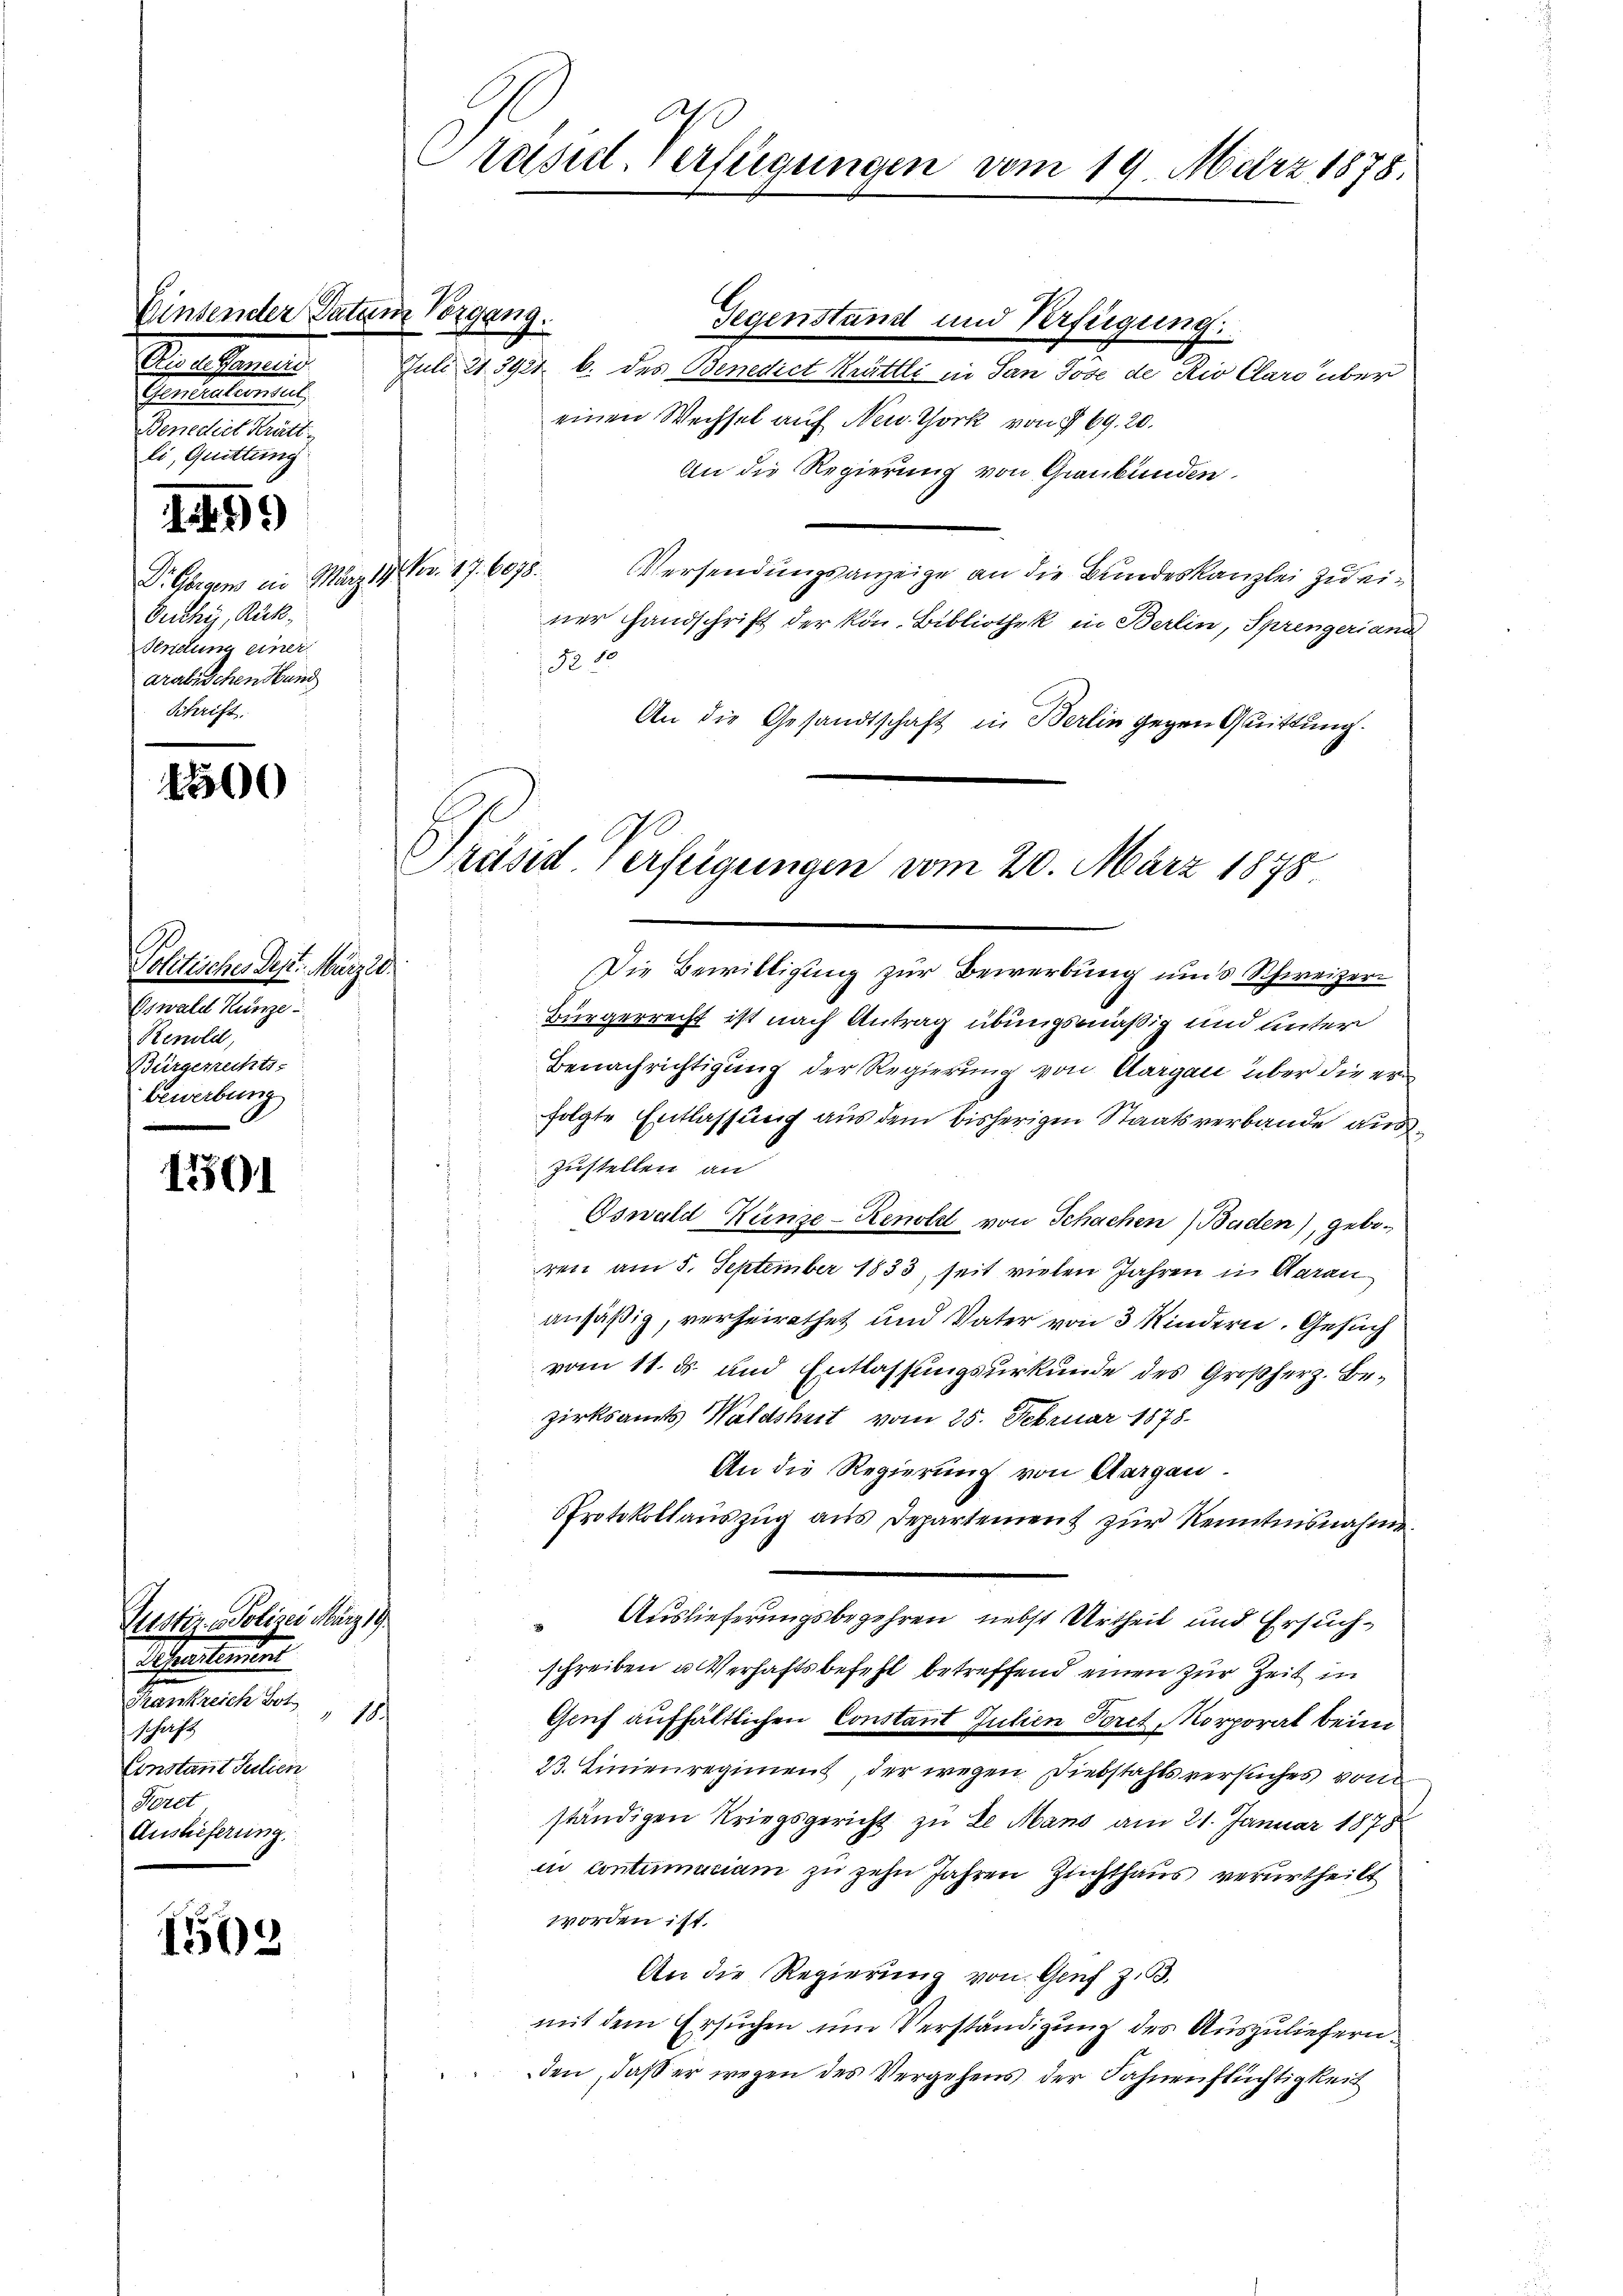
Secetarieli
Generationsul
Benedict Kratt
li, Quittung

1499

Dr Gbraen in März.
Ouchy, Rück¬
Sendung einer
arabischen Hund

1500

Politisches Dest. März 20.
Gswald Hunze
Renolie,
Würgerrechts-
bewerbung

1301

1503

Einsender Patam Vorgang.

Justiz - Polizei März 19
Martirun
Frankreich Hot
180
schaft
Constant Julien
Sorel
Auslieferung.

rasil-Verfügungen vom 19. März 1878.

Juli 21 392 b. des Benedict Krättli in San Jöse de Rio Claro über
einen Wechsel auf New York von § 69. 20.
An die Regierung von Graubünden.
17. Fr. 17. 6078.
Versendungsanzeige an die Bundeskanzlei zu einer Handschrift der kön. Bibliothek in Berlin, Sprengeriand
No 15
An die Gesandtschaft in Berlin gegen Quittung.
E

Gegenstand und Verfügung.

Präsid. Verfügungen vom 20. März 1878

Die Bewilligung zur Bewerbung und Schweizer
Bürgerrecht ist nach Antrag übungsmäßig und unter
Benachrichtigung der Regierung von Aargau über die er
folgte Entlassung aus dem bisherigen Staatsverbande aus¬
Zustellen an
Oswald Kunze-Zenold von Schachen Baden), geboren am 5. September 1833, seit vielen Jahren in Aarau
ansäßig, verheirathet und Vater von 3 Kindern. Gesuch
vom 11. ds. und Entlassungsurkunde des Großherz. Be-
zirksamts Waldshut vom 25. Februar 1878.
An die Regierung von Aargau
Protokollauszug aus Departement zur Kenntnisnahme
Auslieferungsbegehren, nebst Urtheil und Ersuchschreiben u. Verhaftsbefehl betreffend einen zur Zeit in
Gruf aufhältlichen Constant Julien Poret, Morporat beim
23. Linienregiment, der wegen Diebstahls versuches von
ständigen Kriegsgericht zu de Mano am 21. Januar 1878
in contumaciam zu zehn Jahren Zuchthaus verurtheilt
worden ist.
An die Regierung von Genf z. B.
mit dem Ersuchen um Verständigung des Auszuliefernden, daß er wegen des Vergehens der Fahnenflüchtigkeit